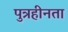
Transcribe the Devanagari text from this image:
पुत्रहीनता